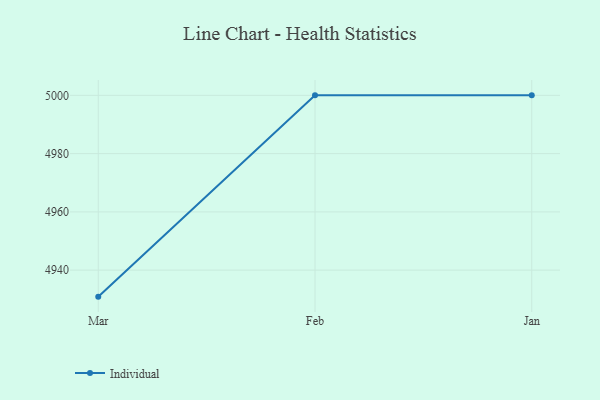
{"axis": {"x": "Month", "y": "Latency (ms)"}, "legend": ["Individual"], "data": [{"x": "Mar", "y": 4930.9, "type": "Individual"}, {"x": "Feb", "y": 5000, "type": "Individual"}, {"x": "Jan", "y": 5000, "type": "Individual"}]}